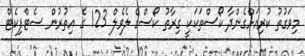
މިވަގުތު ކުރިއަށްގެންދާ ކޯސްތަކަކީ ގިރާތު ކޯސްގެ ލެވެލް 123 ގެ އިތުރުން ސެޓްފިކެޓް